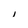
Character: l